Bréfritari: Bóthildur Björnsdóttir
Viðtakandi: Björg Jónsdóttir
Dagsetning: A-1864-03-24
Skrifað á: Ytra-Álandi  N-Þing.
Björg var kona Bened. í Tungu

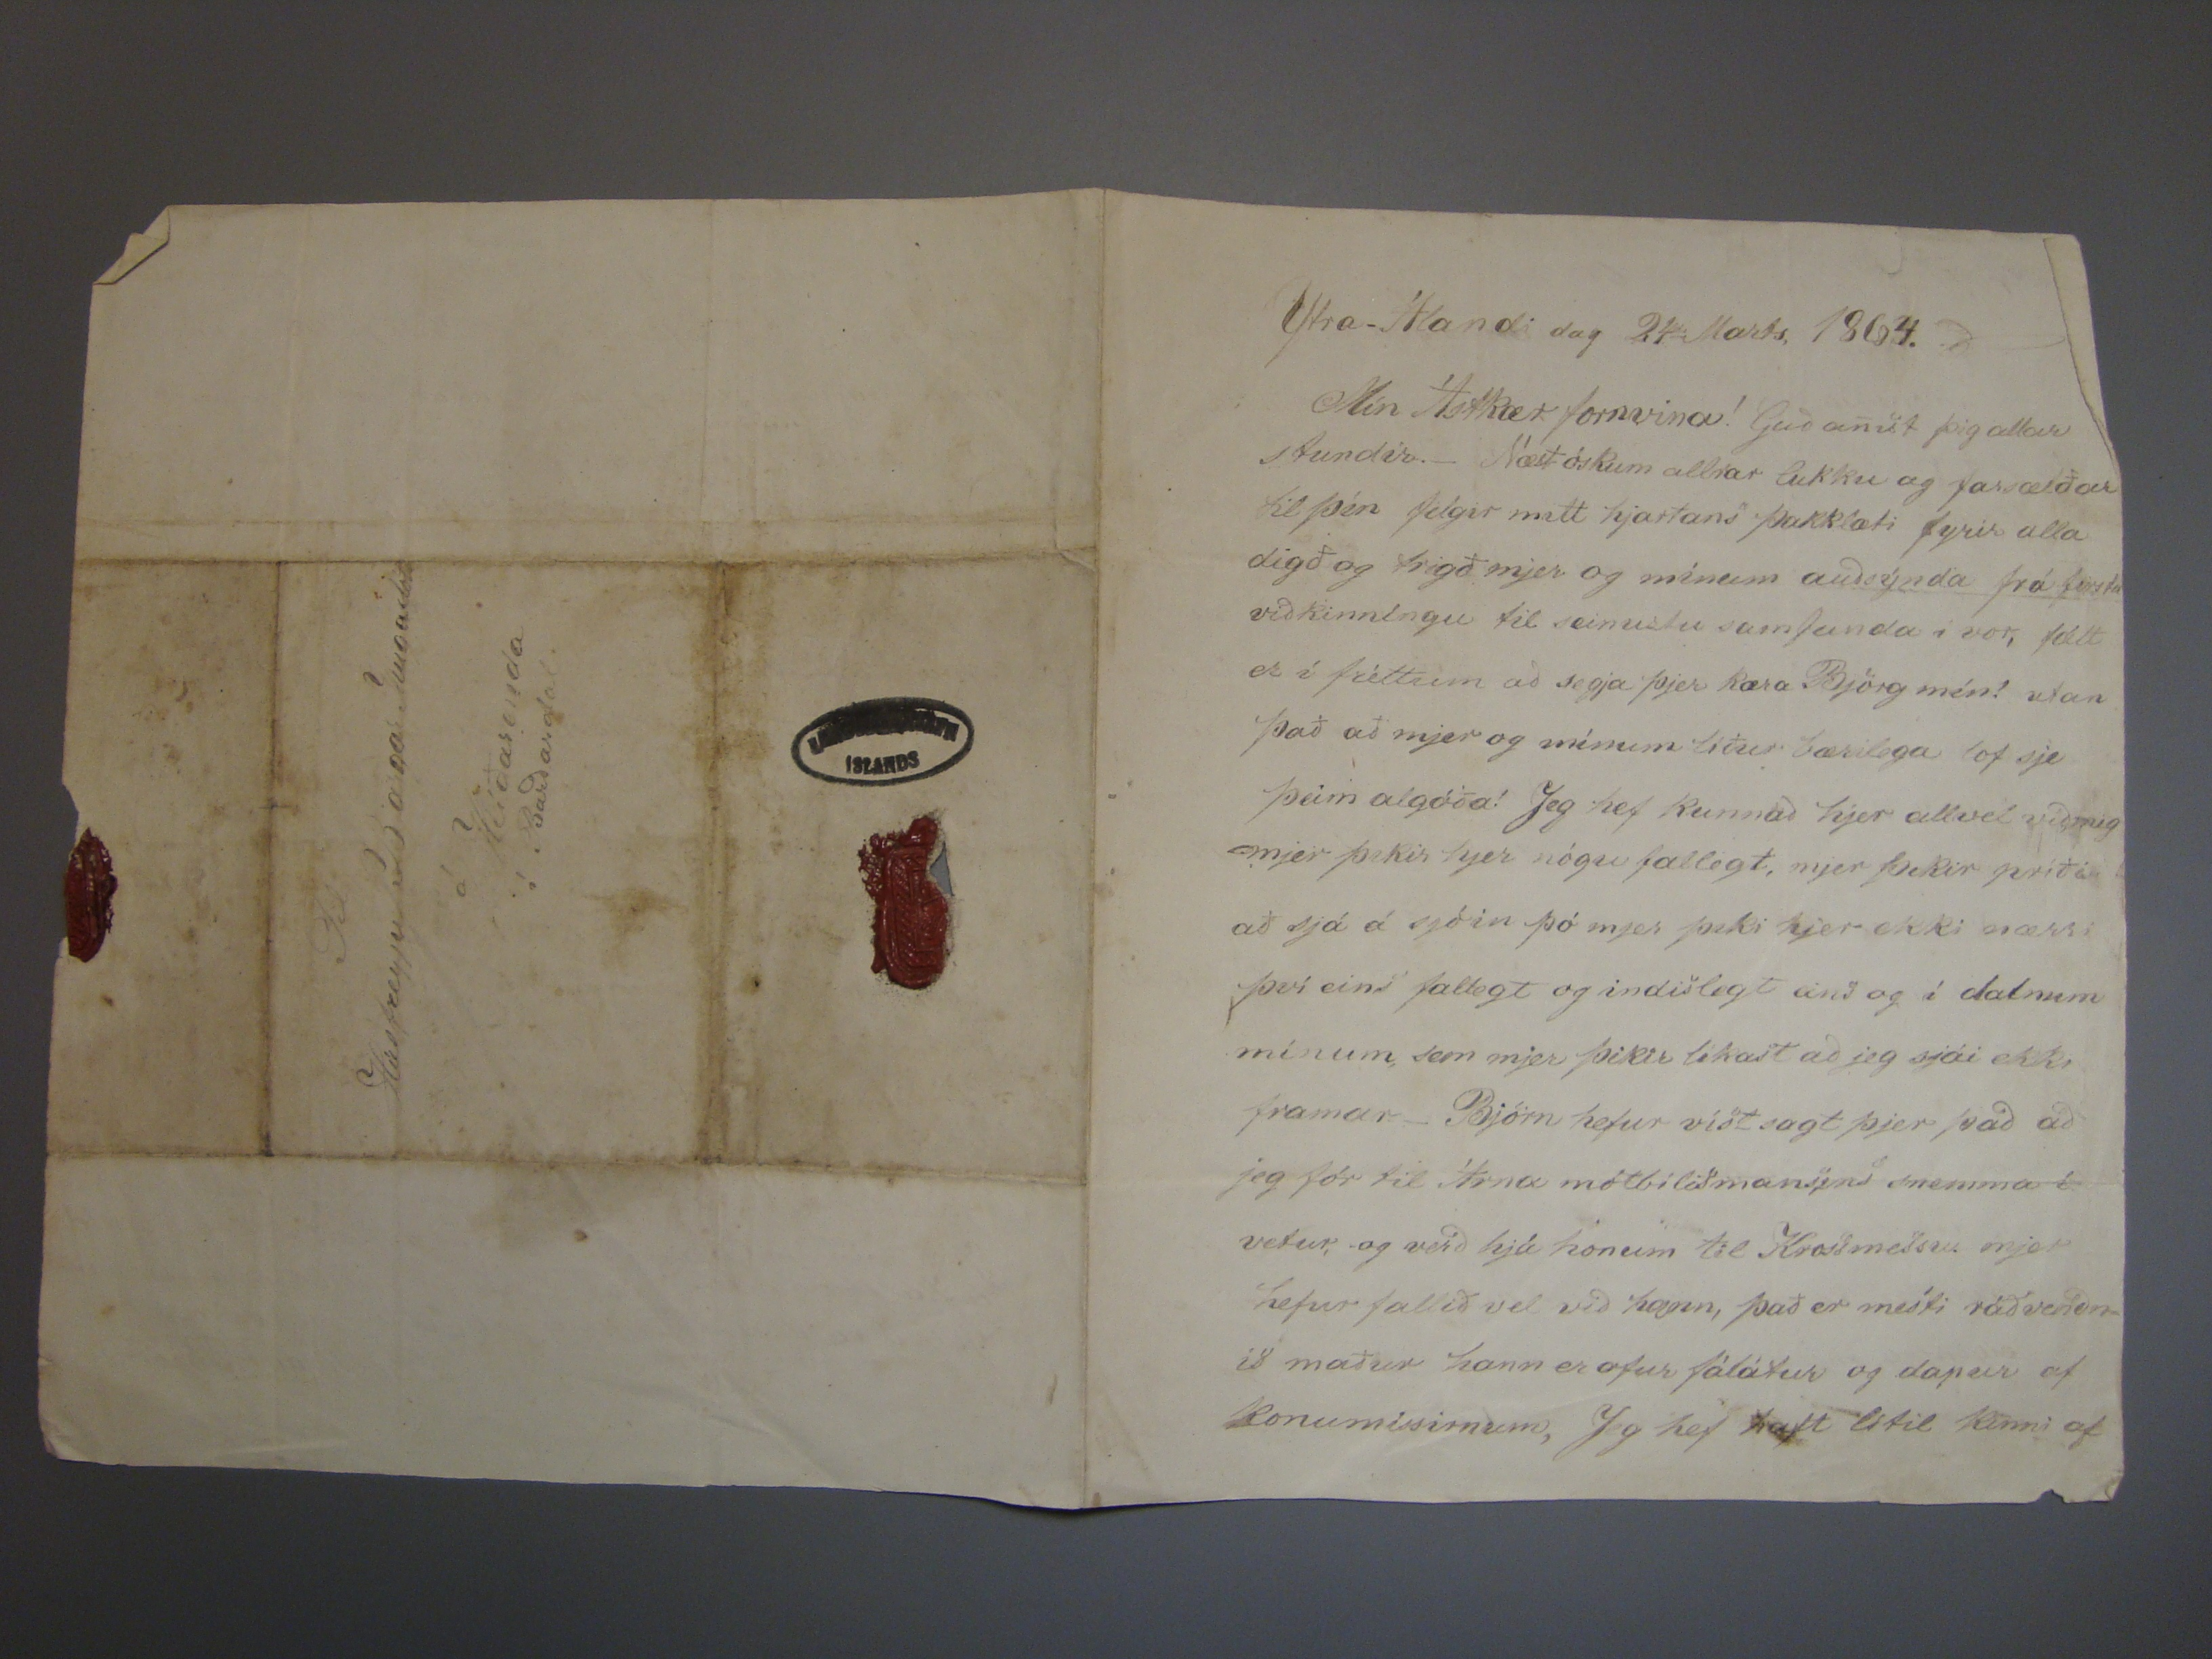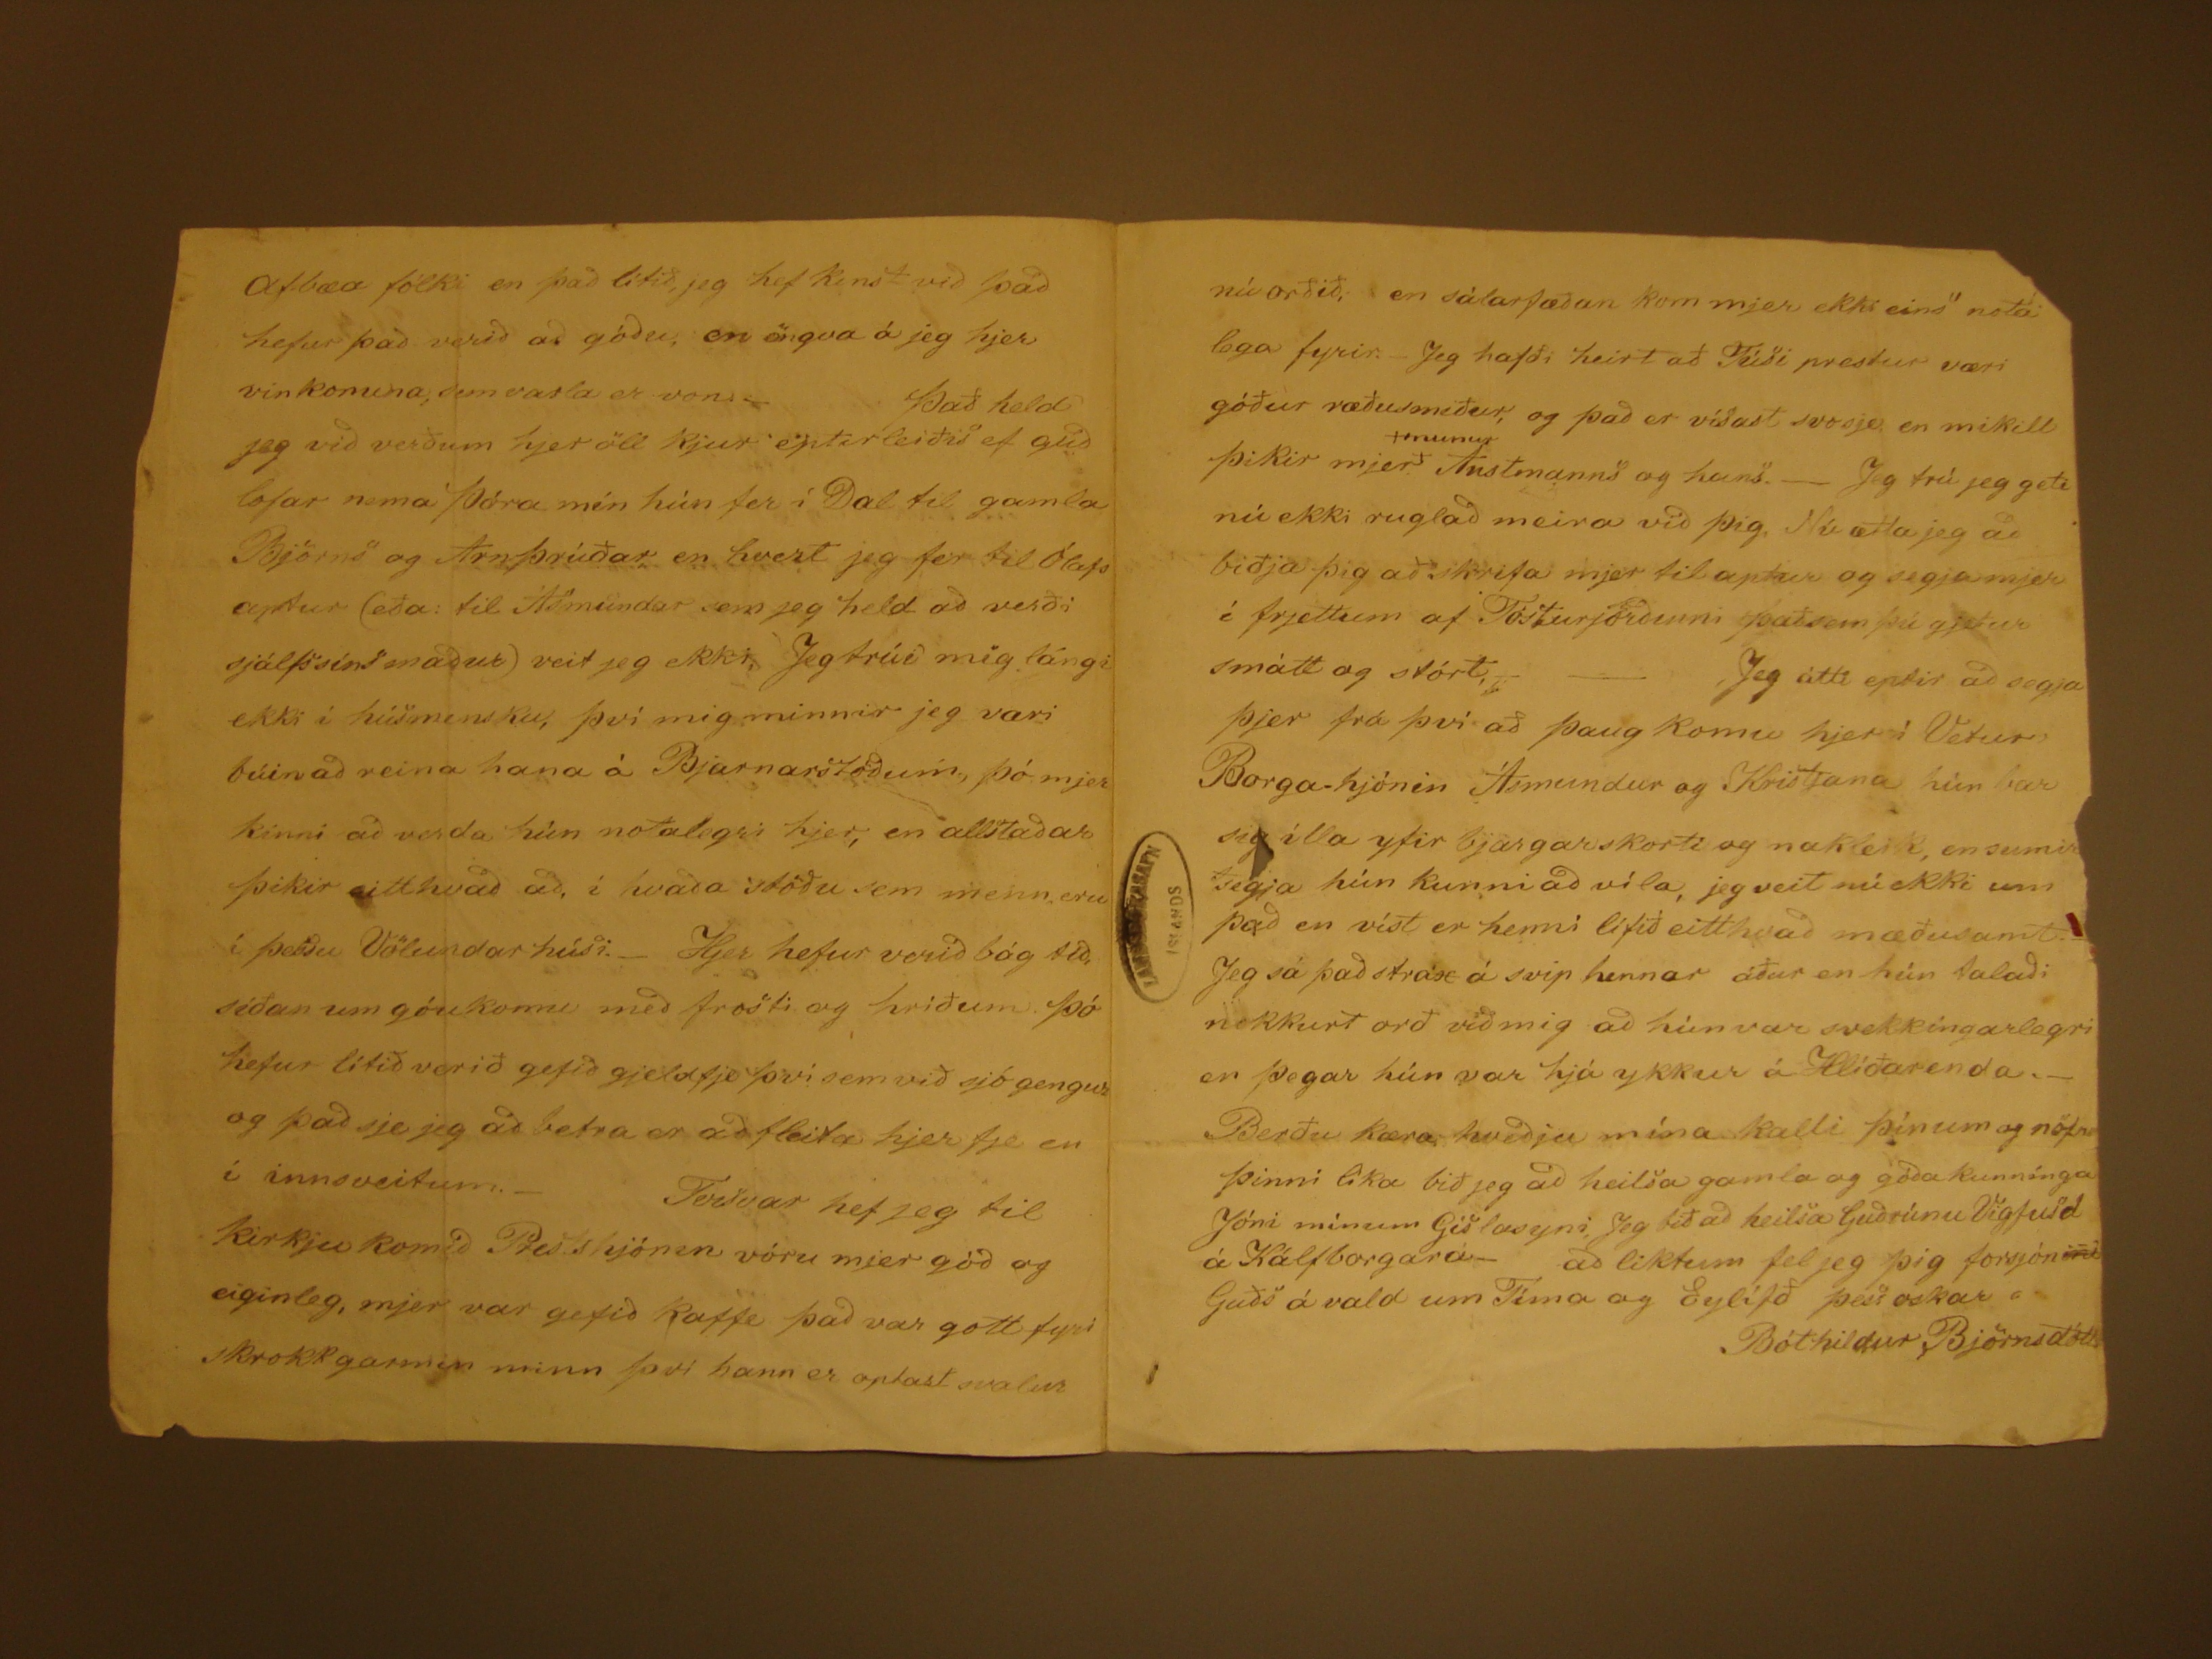

Ytra-Álandi dag 24
ða
Marts, 1864.
Mín Ástkær fornvina! Guð anist þig allar stundir.- Næst óskum allrar lukku og farsælðar til þín filgir mitt hjartans þakklæti fyrir alla digð og trigð mjer og
mínum auðsýnda frá firstu viðkinníngu til seinustu samfunda í vor, fátt er í fréttum að segj aþjer kæra Björg mín! utan það að mjer og mínum líður bærilega lof
sje þeim algóða! Jeg hef kunnað hjer allvel viðmig mjer þikir hjer nógu fallegt, mjer þekir príði að sjá á sjóin þó mjer þeki hjer ekki nærri því eins fallegt og indislegt
eins og í dalnum mínum, sem mjer þikir líkast að jeg sjái ekki framar- Björn hefur víst sagt þjer það að jeg fór til Árna mótbiliðmansens snemma í vetur, og verð hjá
honum til Krossmessu mjer hefur fallið vel við hann, það er mesti ráðvendnis maður hann er ofur fálátur og dapur af konumissinum, Jeg hef haft lítil kinni af
Afnbæa fólki en það lítið, jeg hef kinst við það hefur það verið að góðu, en öngva á jeg hjer vinkonuna, sem varla er von.- Það held jeg við verðum hjer öll
kjur eptir leiðis ef guð lofar nema Þóra mín hún fer í Dal til gamla Björns og Arnþrúðar en hvert jeg fer til Ólafs aptur (eða: til Ásmundar sem jeg held að verði sjálfsins
maður) veit jeg ekki. Jeg trúi mig lángi ekki í húsmensku, því mig minnir jeg væri búin að reina hana á Bjarnarstöðum, þó mjer kinni að verda hún notalegri hjer,
en allstaðar þikir eitthvað að, í hvaða stöðu sem menn eru í þessu Völundarhúsi,_ Hjer hefur verið bág tíð, síðan um góukomu með frosti og hríðum þó hefur lítið
verið gefið gjeldfje því sem við sjó gengur og það sje jeg að betra er að fleita hjer fje en í innsveitum.- Tvisvar hef jeg til kirkju komið Prestshjónin vóru mjer
góð og eiginleg, mjer var gefið kaffe það var gott fyrir skrokkgarmin minn því hann er optast svalur
nú orðið, en sálarfæðan kom mjer ekki eins" notalega fyrir.- Jeg hafði heirt að Fúsi prestur væri góður ræðusmiður, go það er víðast svosje en mikill þikir mjer
+munur
Anstmanns og hans.- Jeg trú jeg geti nú ekki ruglað meira við þig. Nú ætla jeg að biðja þig að skrifa mjer
til aptur og segja mjer í frjettum af Fósturjorðinni það sem þú gjetur smátt og stórt.- - Jeg átti eptir að segja þjer frá því að þaug komu hjer í Vetur Borga-hjónin
Ásmundur og Kristjana hún bar sig ílla yfir bjargarskorti og nakleik, en sumir segja hún kunni að víla, jeg veit nú ekki um það en víst er henni lífið eitthvað mæðusamt.
Jeg sá það strax á svip henanr áður en hún talaði nokkurt orð við mig að hún var svekkingarlegri en þegar hún var hjá ykkur á Hlíðarenda.- Berðu kæra kveðju mína
kalli þínum og nörfnu þinni líka bið jeg að heilsa gamla og góða kunninga Jóni mínum Gíslasyni, Jeg bið að heilsa Guðrúnu Vigfúsd á Kálfborgará- að liktum fel jeg þig
forsjón
iru
Guðs á vald um Tíma og Eylífð þess oskar
Bóthildur Björnsdóttir
Til
Húsfreyju Bjargar
Jónsdóttur
á/ Hlíðarenda
í Barðardal